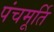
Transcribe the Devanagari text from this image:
पंचमूर्ति